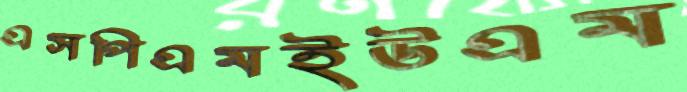
এসপিএমইউএম